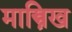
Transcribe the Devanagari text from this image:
मास्त्रिख